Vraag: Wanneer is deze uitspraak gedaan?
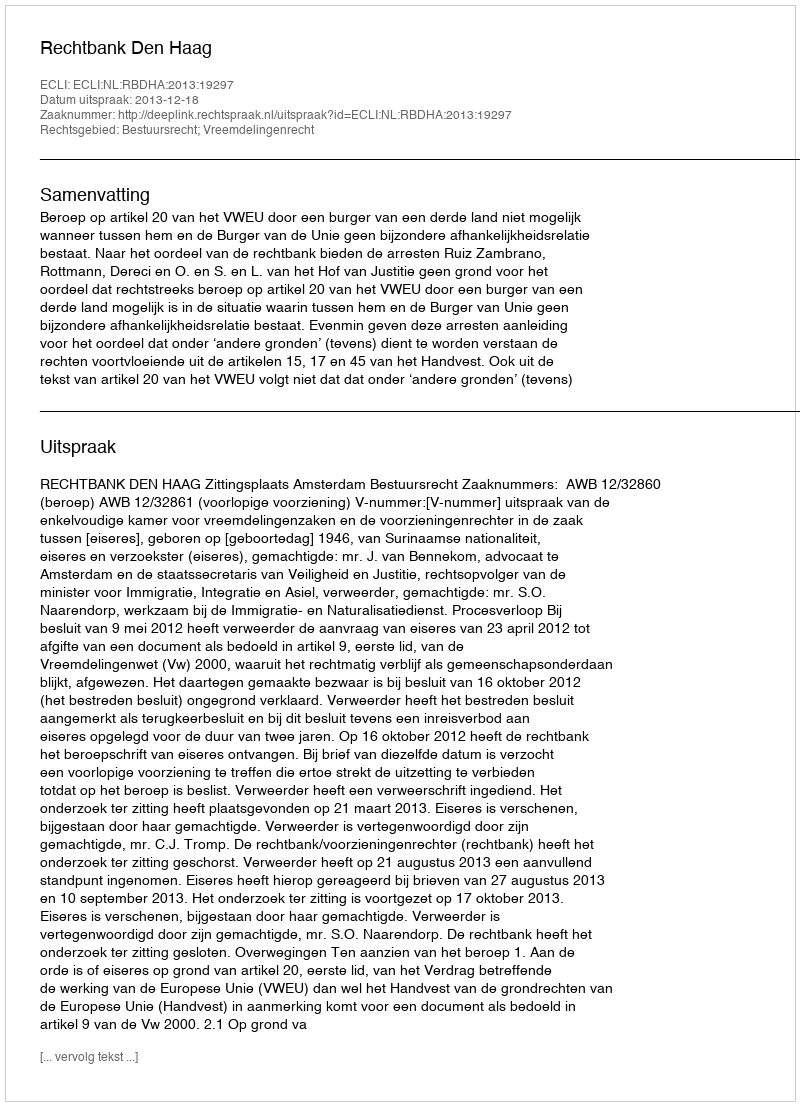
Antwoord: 2013-12-18